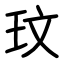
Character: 玟